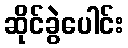
ဆိုင်ခွဲပေါင်း